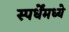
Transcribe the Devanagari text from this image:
स्पर्धेंमध्ये